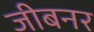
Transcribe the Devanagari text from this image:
जीबनर